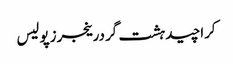
کراچیدہشت گردرینجرزپولیس